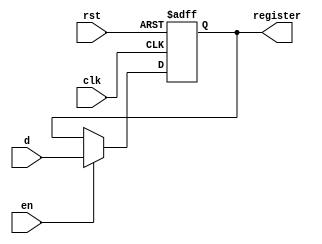
`timescale 1ns / 1ps
//////////////////////////////////////////////////////////////////////////////////
// Company: 
// Engineer: 
// 
// Design Name: 
// Module Name: Register_D
// Project Name: 
// Target Devices: 
// Tool Versions: 
// Description: 
// 
// Dependencies: 
// 
// Revision:
// Revision 0.01 - File Created
// Additional Comments:
// 
//////////////////////////////////////////////////////////////////////////////////


module Register_10(
    input [9:0] d,
    input clk,
    input rst,
    input en,
    output reg [9:0] register
    );
    
  always @(posedge clk or posedge rst) begin
      if (rst) register <= 0;
      else if (en) register <= d;
  end 
  
endmodule